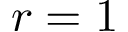
r = 1